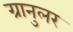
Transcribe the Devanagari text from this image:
ग्रानुलर